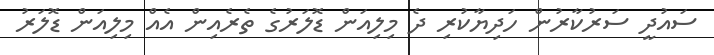
ސައުދީ ސަރުކާރުން ހަދިޔާކުރި ދެ މިލިއަން ޑޮލަރުގެ ތެރެއިން އެއް މިލިއަން ޑޮލަރު